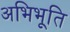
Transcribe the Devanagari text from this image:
अभिभूति